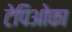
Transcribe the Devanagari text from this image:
टेपिओका